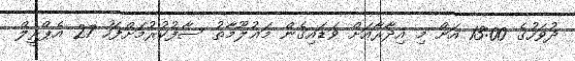
ދުވަހުގެ 13:00 އަށް މި އިދާރާއަށް ވަޑައިގެން މަޢުލޫމާތު ސާފުކުރުމަށްފަހު 27 އެޕްރީލް